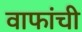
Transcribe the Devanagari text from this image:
वाफांची